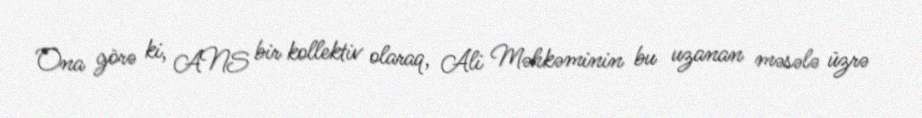
Ona görə ki, ANS bir kollektiv olaraq, Ali Məhkəminin bu uzanan məsələ üzrə